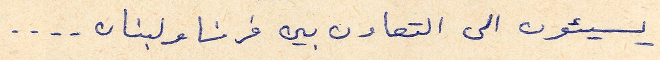
يسيئون الى التعاون بين فرنسا ولبنان....